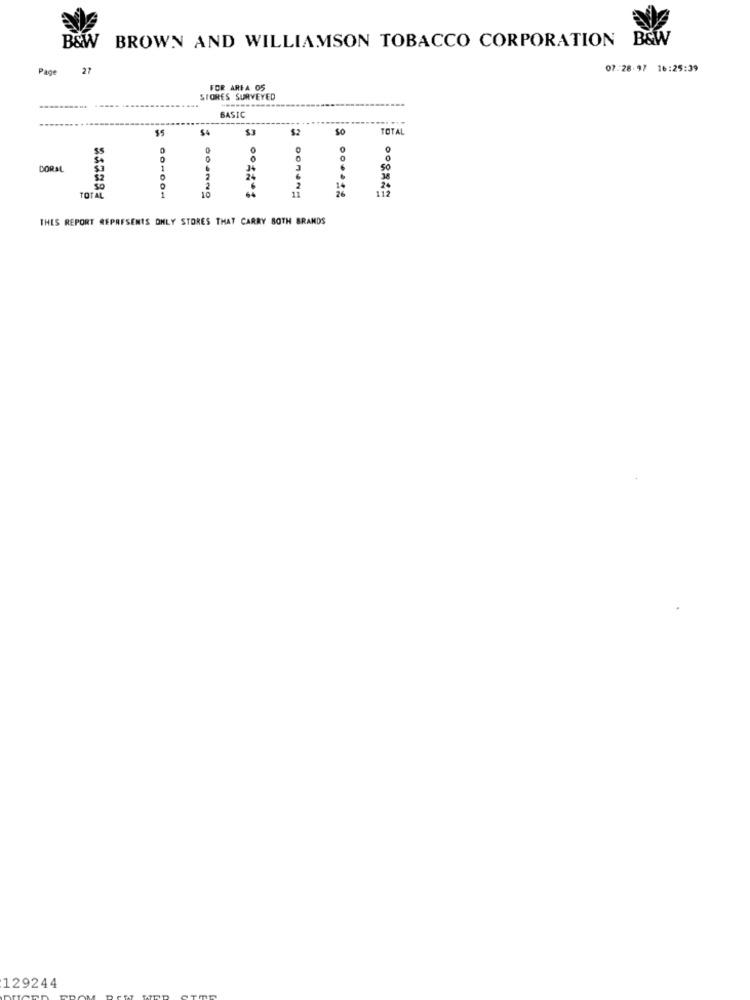
BROWN AND WILLIAMSON TOBACCO CORPORATION B&W
B&W
Page
27
07.28-97 16:25:39
FOR ARFA 05
STORES SURVEYED
BASIC
$2
SO
TOTAL
0
0
0
0
CORAL
1
50
.
38
0
10
2
6
2
24
TOTA
THES REPORT REPRESENTS ONLY STORES THAT CARRY BOTH BRANDS
129244